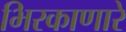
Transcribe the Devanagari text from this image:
भिरकाणारे